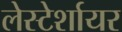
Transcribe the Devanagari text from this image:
लेस्टेर्शायर